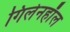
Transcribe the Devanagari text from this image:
गिलेनहाॅल